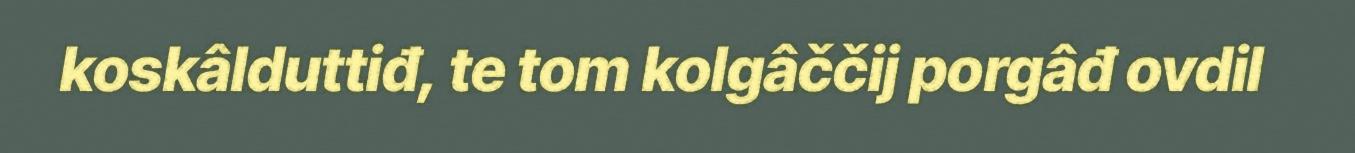
koskâlduttiđ, te tom kolgâččij porgâđ ovdil